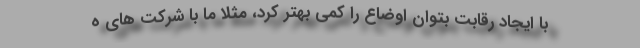
با ایجاد رقابت بتوان اوضاع را کمی بهتر کرد، مثلا ما با شرکت های ه